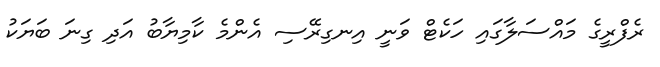
ރެފްރީގެ މައްސަލާގައި ހަކެޓް ވަނީ އިނގިރޭސި އެންމެ ކާމިޔާބު އަދި ގިނަ ބަޔަކު